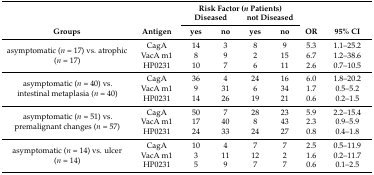
<table><thead><tr><td></td><td></td><td colspan="4"><b>Risk Factor (<i>n</i> Patients)</b></td><td></td><td></td></tr><tr><td></td><td></td><td colspan="2"><b>Diseased</b></td><td colspan="2"><b>not Diseased</b></td><td></td><td></td></tr><tr><td><b>Groups</b></td><td><b>Antigen</b></td><td><b>yes</b></td><td><b>no</b></td><td><b>yes</b></td><td><b>no</b></td><td><b>OR</b></td><td><b>95% CI</b></td></tr></thead><tbody><tr><td rowspan="3">asymptomatic (<i>n</i> = 17) vs. atrophic (<i>n</i> = 17)</td><td>CagA</td><td>14</td><td>3</td><td>8</td><td>9</td><td>5.3</td><td>1.1–25.2</td></tr><tr><td>VacA m1</td><td>8</td><td>9</td><td>2</td><td>15</td><td>6.7</td><td>1.2–38.6</td></tr><tr><td>HP0231</td><td>10</td><td>7</td><td>6</td><td>11</td><td>2.6</td><td>0.7–10.5</td></tr><tr><td rowspan="3">asymptomatic (<i>n</i> = 40) vs. intestinal metaplasia (<i>n</i> = 40)</td><td>CagA</td><td>36</td><td>4</td><td>24</td><td>16</td><td>6.0</td><td>1.8–20.2</td></tr><tr><td>VacA m1</td><td>9</td><td>31</td><td>6</td><td>34</td><td>1.7</td><td>0.5–5.2</td></tr><tr><td>HP0231</td><td>14</td><td>26</td><td>19</td><td>21</td><td>0.6</td><td>0.2–1.5</td></tr><tr><td rowspan="3">asymptomatic (<i>n</i> = 51) vs. premalignant changes (<i>n</i> = 57)</td><td>CagA</td><td>50</td><td>7</td><td>28</td><td>23</td><td>5.9</td><td>2.2–15.4</td></tr><tr><td>VacA m1</td><td>17</td><td>40</td><td>8</td><td>43</td><td>2.3</td><td>0.9–5.9</td></tr><tr><td>HP0231</td><td>24</td><td>33</td><td>24</td><td>27</td><td>0.8</td><td>0.4–1.8</td></tr><tr><td rowspan="3">asymptomatic (<i>n</i> = 14) vs. ulcer (<i>n</i> = 14)</td><td>CagA</td><td>10</td><td>4</td><td>7</td><td>7</td><td>2.5</td><td>0.5–11.9</td></tr><tr><td>VacA m1</td><td>3</td><td>11</td><td>12</td><td>2</td><td>1.6</td><td>0.2–11.7</td></tr><tr><td>HP0231</td><td>5</td><td>9</td><td>7</td><td>7</td><td>0.6</td><td>0.1–2.5</td></tr></tbody></table>